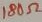
Text: 180Ω